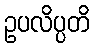
ဥပလိပ္ပတိ